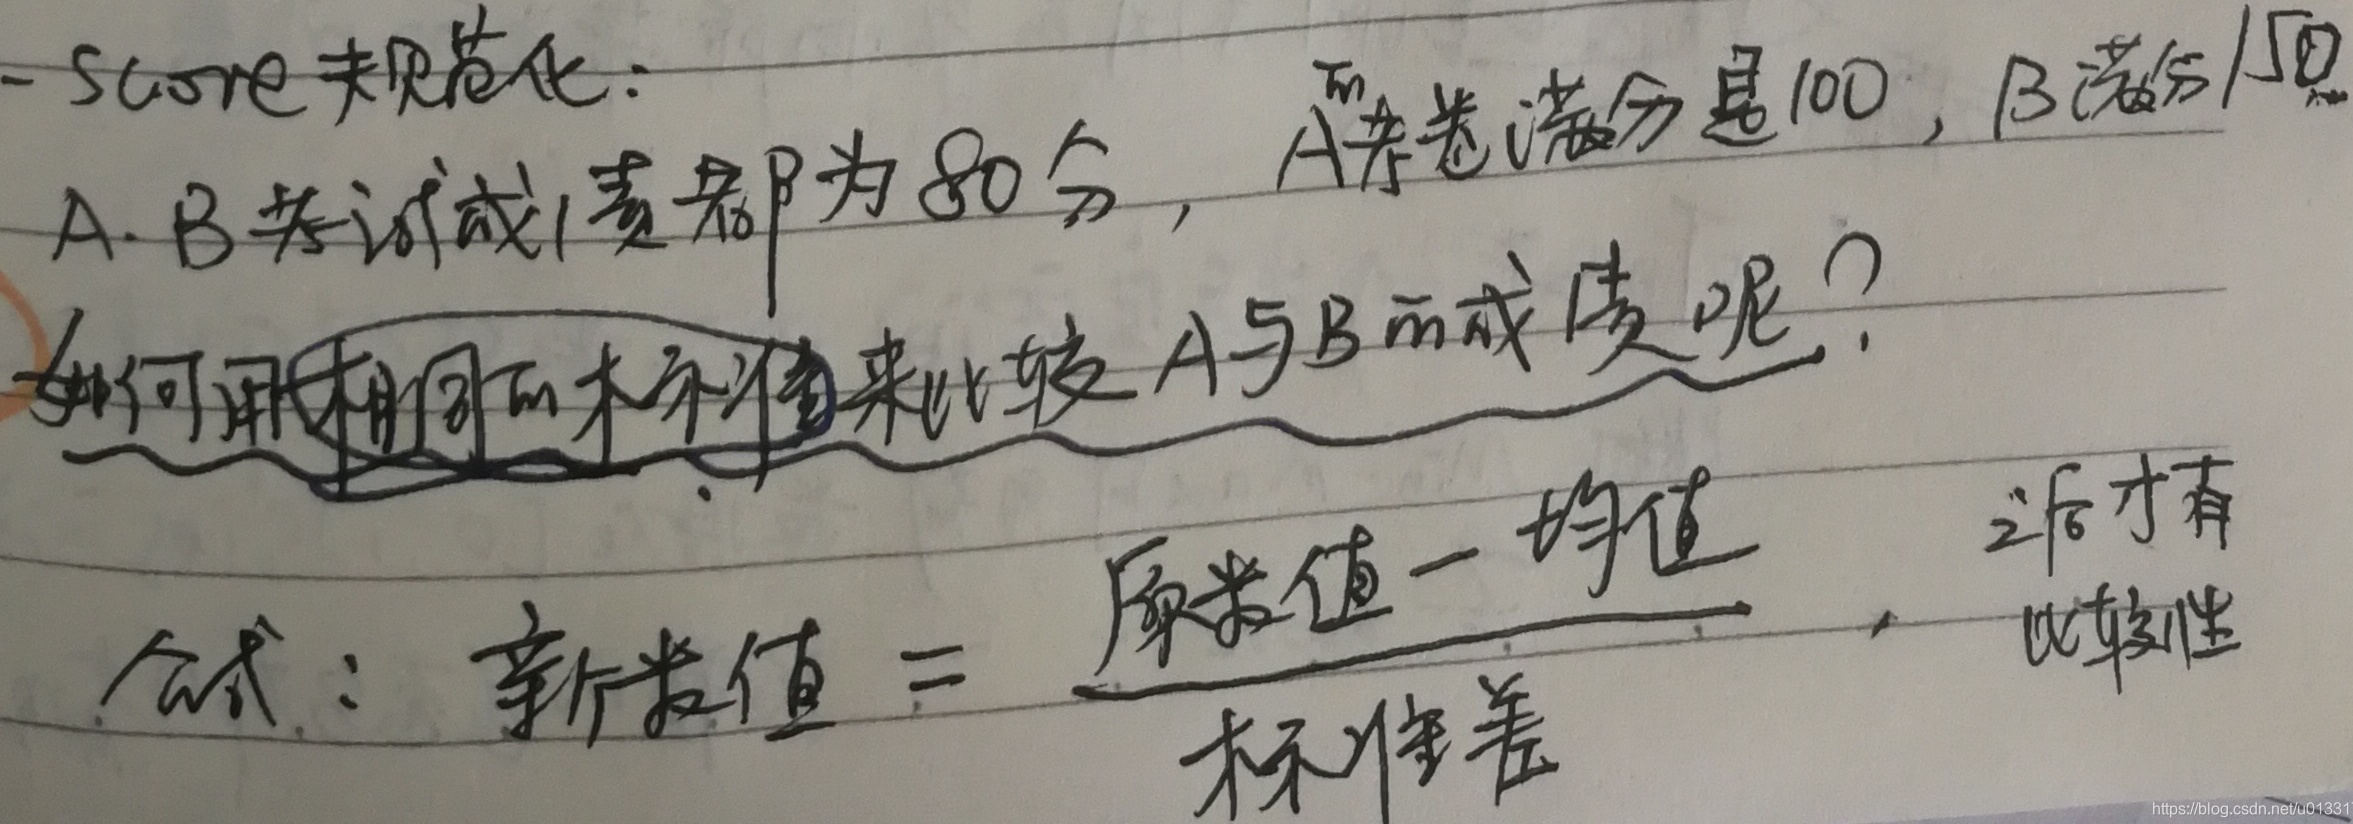
- score规范化：A、B考试成绩都为80分，A试卷满分是100，B满分150。如何用相同的标准值来比较A与B的成绩呢？公式：新数值 = \(\frac{原来值 - 均值}{标准差}\)，之后才有比较性